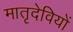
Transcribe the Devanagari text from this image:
मातृदेवियों